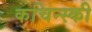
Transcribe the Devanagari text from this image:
कचिन्स्की